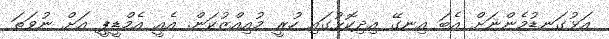
އަޅުގަނޑުމެންނަށް އެބަ އިނގޭ އިދިކޮޅުގައި ހުރީ މުއިއްޒުކަން. އެއީ އެމްޑީޕީ އަށް ނުވަތަ